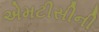
એમટીસીની